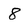
Character: 8